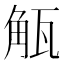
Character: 𮗩